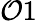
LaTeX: \mathcal{O}1